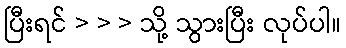
ပြီးရင် > > > သို့ သွားပြီး လုပ်ပါ။